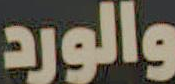
والورد